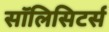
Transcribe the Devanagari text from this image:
सॉलिसिटर्स